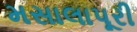
મસાલાપૂરી